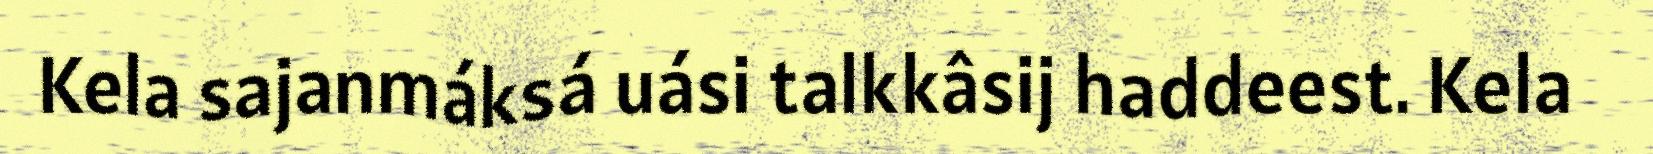
Kela sajanmáksá uási talkkâsij haddeest. Kela